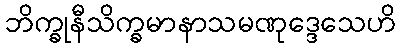
ဘိက္ခုနီသိက္ခမာနာသမဏုဒ္ဒေသေဟိ